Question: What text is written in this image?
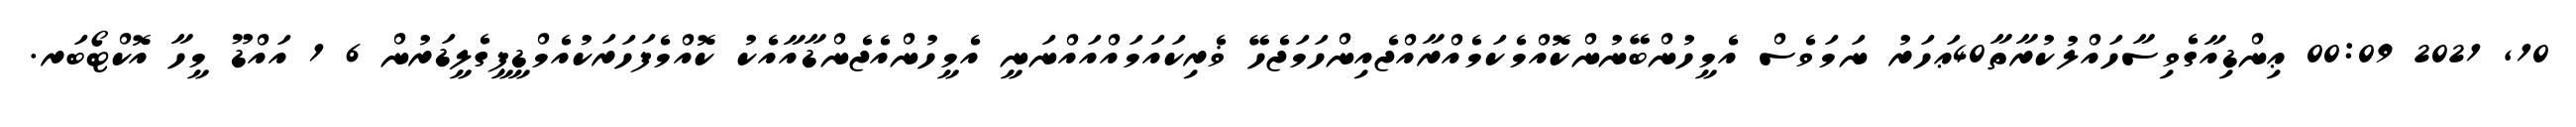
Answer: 10, 2021 00:09 ޢިންޑިއާގެވިސާހައްލުކުރާތާ40ޢަހަރު ނަމަވެސް އެމީހުންބޭނުންކޮއްމެކަމެއްރާއްޖެއިންހަމަޖެހޭ ޥެރިކައަމައްއައްނަނީ އެމީހުންއެޖެންޑާއާއެކު ކޮއްމެފަހަރަކުއެމްޑީޕީގެލީޑަރުން 6 1 އައްޑޫ މީހާ އޮކްޓޯބަރ.